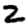
Digit: 2